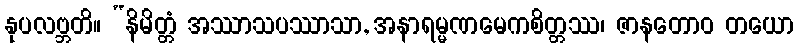
နုပလဗ္ဘတိ။ “နိမိတ္တံ အဿာသပဿာသာ, အနာရမ္မဏမေကစိတ္တဿ၊ ဇာနတောဝ တယော